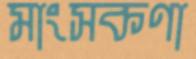
মাংসকণা